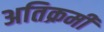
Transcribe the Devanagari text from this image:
अतिक्रमी